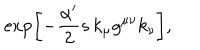
\exp \left[ - \frac { \alpha ^ { \prime } } { 2 } s \, k _ { \mu } g ^ { \mu \nu } k _ { \nu } \right] ,